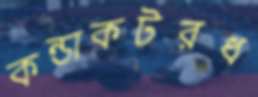
কন্ডাকটরধ